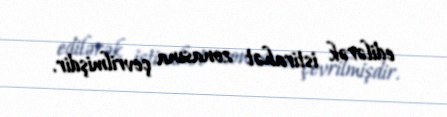
edilərək istirahət zonasına çevrilmişdir.